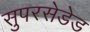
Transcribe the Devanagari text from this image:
सुपरसेडेड